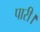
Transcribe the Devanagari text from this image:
पारी।